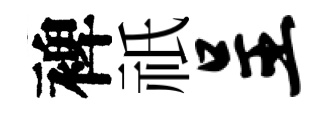
裨祇呈